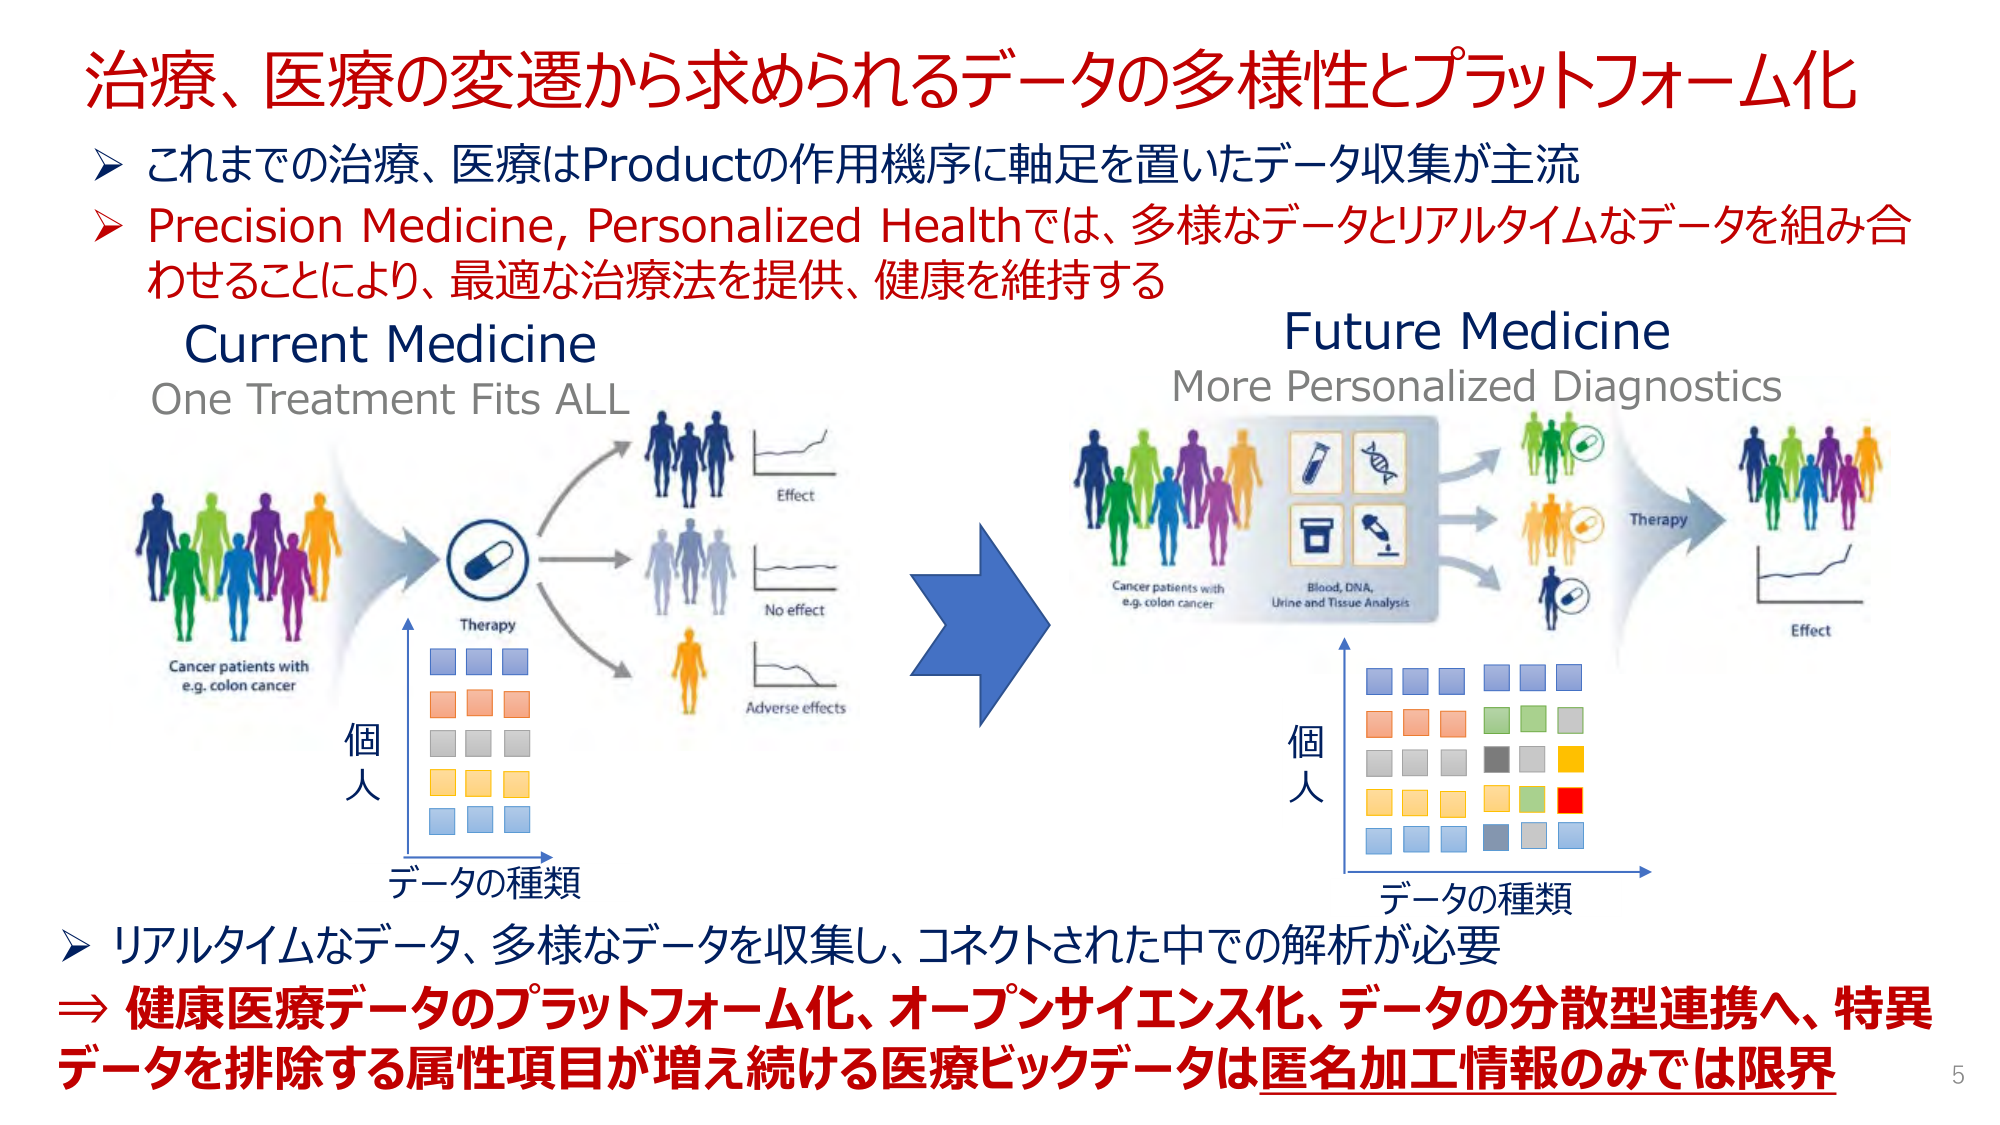
治療、医療の変遷から求められるデータの多様性とプラットフォーム化
➤ これまでの治療、医療はProductの作用機序に軸足を置いたデータ収集が主流
➤ Precision Medicine, Personalized Healthでは、多様なデータとリアルタイムなデータを組み合わせることにより、最適な治療法を提供、健康を維持する
Current Medicine
One Treatment Fits ALL
Cancer patients with
e.g. colon cancer
Therapy
Effect
No effect
Adverse effects
個人
データの種類
Future Medicine
More Personalized Diagnostics
Cancer patients with
e.g. colon cancer
Blood, DNA,
Urine and Tissue Analysis
Therapy
Effect
個人
データの種類
➤ リアルタイムなデータ、多様なデータを収集し、コネクトされた中での解析が必要
⇒ 健康医療データのプラットフォーム化、オープンサイエンス化、データの分散型連携へ、特異データを排除する属性項目が増え続ける医療ビッグデータは匿名加工情報のみでは限界
5